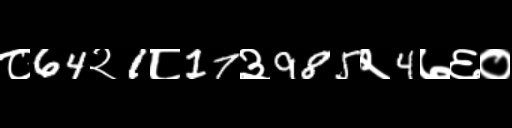
Text: ८64२1८17३985२4७६०